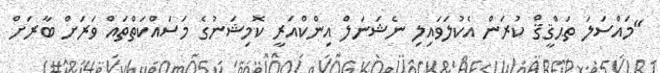
"މައްސަލަ ތަޙްޤީޤް ކުރަން އެކުލަވައިލި ނެޝަނަލް އިންކްއަރީ ކޮމިޝަނުގެ މަސައްކަތްތައް ވަރަށް ބާރަށް